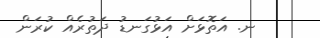
ނ. އަތޮޅަށް އަޅުގަނޑު ދަތުރެއް ކުރަން